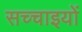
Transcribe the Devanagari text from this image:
सच्‍चाइयों